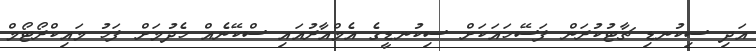
އަދި ސިކުނޑި ޗާޓުކުރަން ފަސޭހައަކަށް ސިކުނޑީގެ އެމްއާރުއައި ސްކޭނެއް ހެދުމަށް ފަހު މައިކްރޯޓޯމް